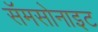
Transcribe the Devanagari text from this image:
सॅमसोनाइट